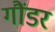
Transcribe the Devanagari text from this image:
गौंडर